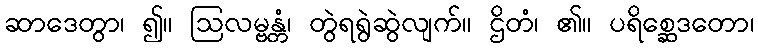
ဆာဒေတွာ၊ ၍။ ဩလမ္ဗန္တံ၊ တွဲရရွဲဆွဲလျက်။ ဌိတံ၊ ၏။ ပရိစ္ဆေဒတော၊